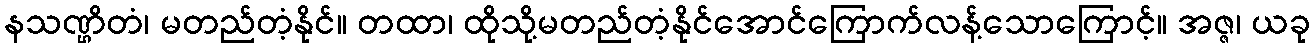
နသဏ္ဌိတံ၊ မတည်တံ့နိုင်။ တထာ၊ ထိုသို့မတည်တံ့နိုင်အောင်ကြောက်လန့်သောကြောင့်။ အဇ္ဇ၊ ယခု